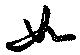
如